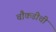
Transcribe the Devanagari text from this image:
चौकडीची